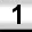
Digit: 1